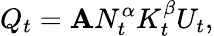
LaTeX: Q_{t}=\mathbf{A}N_{t}^{\alpha}K_{t}^{\beta}U_{t},